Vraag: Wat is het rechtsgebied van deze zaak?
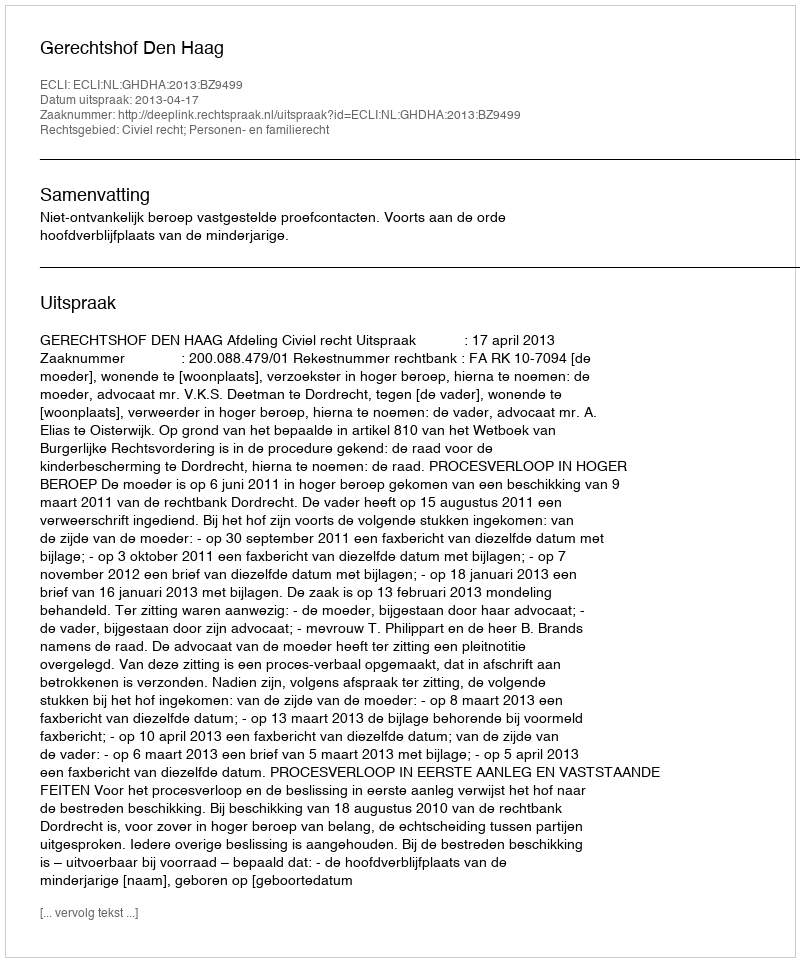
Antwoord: Civiel recht; Personen- en familierecht